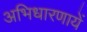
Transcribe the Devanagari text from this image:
अभिधारणायें